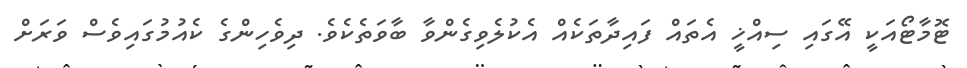
ޓޮމާޓޯއަކީ އޭގައި ސިއްޚީ އެތައް ފައިދާތަކެއް އެކުލެވިގެންވާ ބާވަތެކެވެ. ދިވެހިންގެ ކެއުމުގައިވެސް ވަރަށް